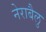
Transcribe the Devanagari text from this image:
नेराबैलु